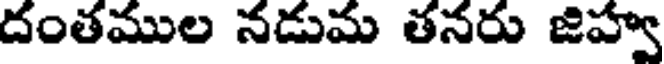
దంతముల నడుమ తనరు జిహ్వ